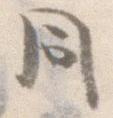
同